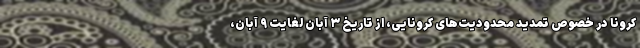
کرونا در خصوص تمدید محدودیت‌های کرونایی، از تاریخ ۳ آبان لغایت ۹ آبان،